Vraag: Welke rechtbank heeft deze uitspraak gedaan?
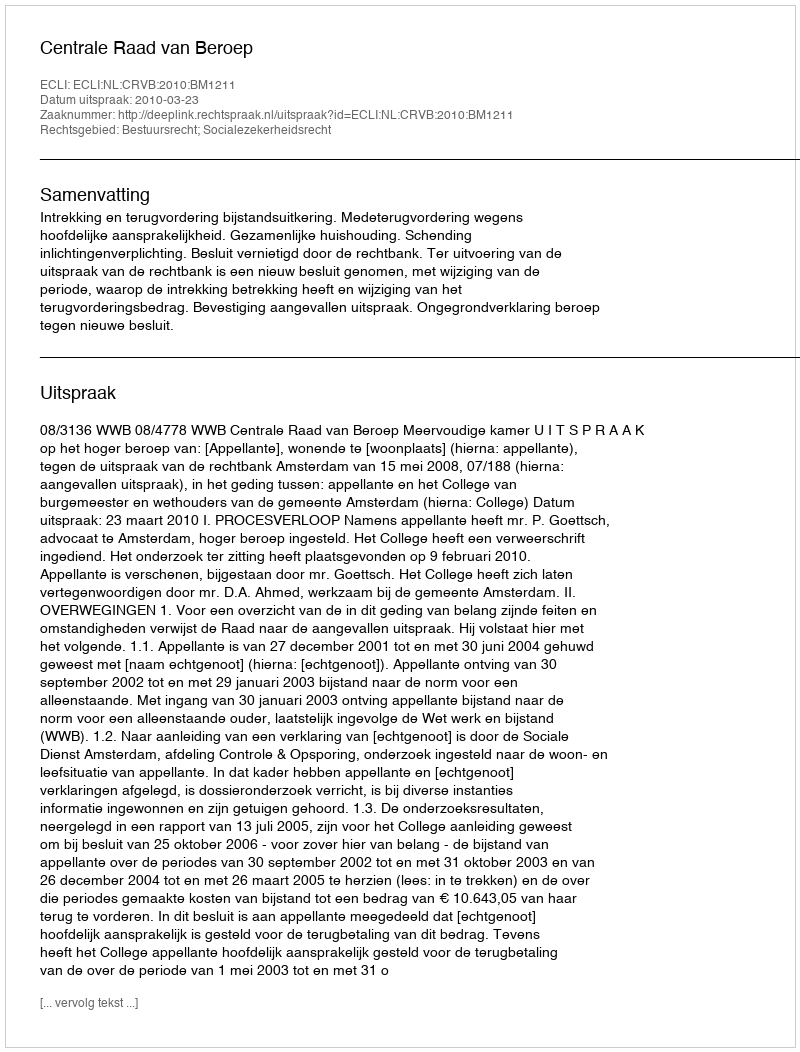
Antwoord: Centrale Raad van Beroep